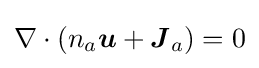
\nabla \cdot (n_{a}{\boldsymbol {u}}+{\boldsymbol {J}}_{a})=0